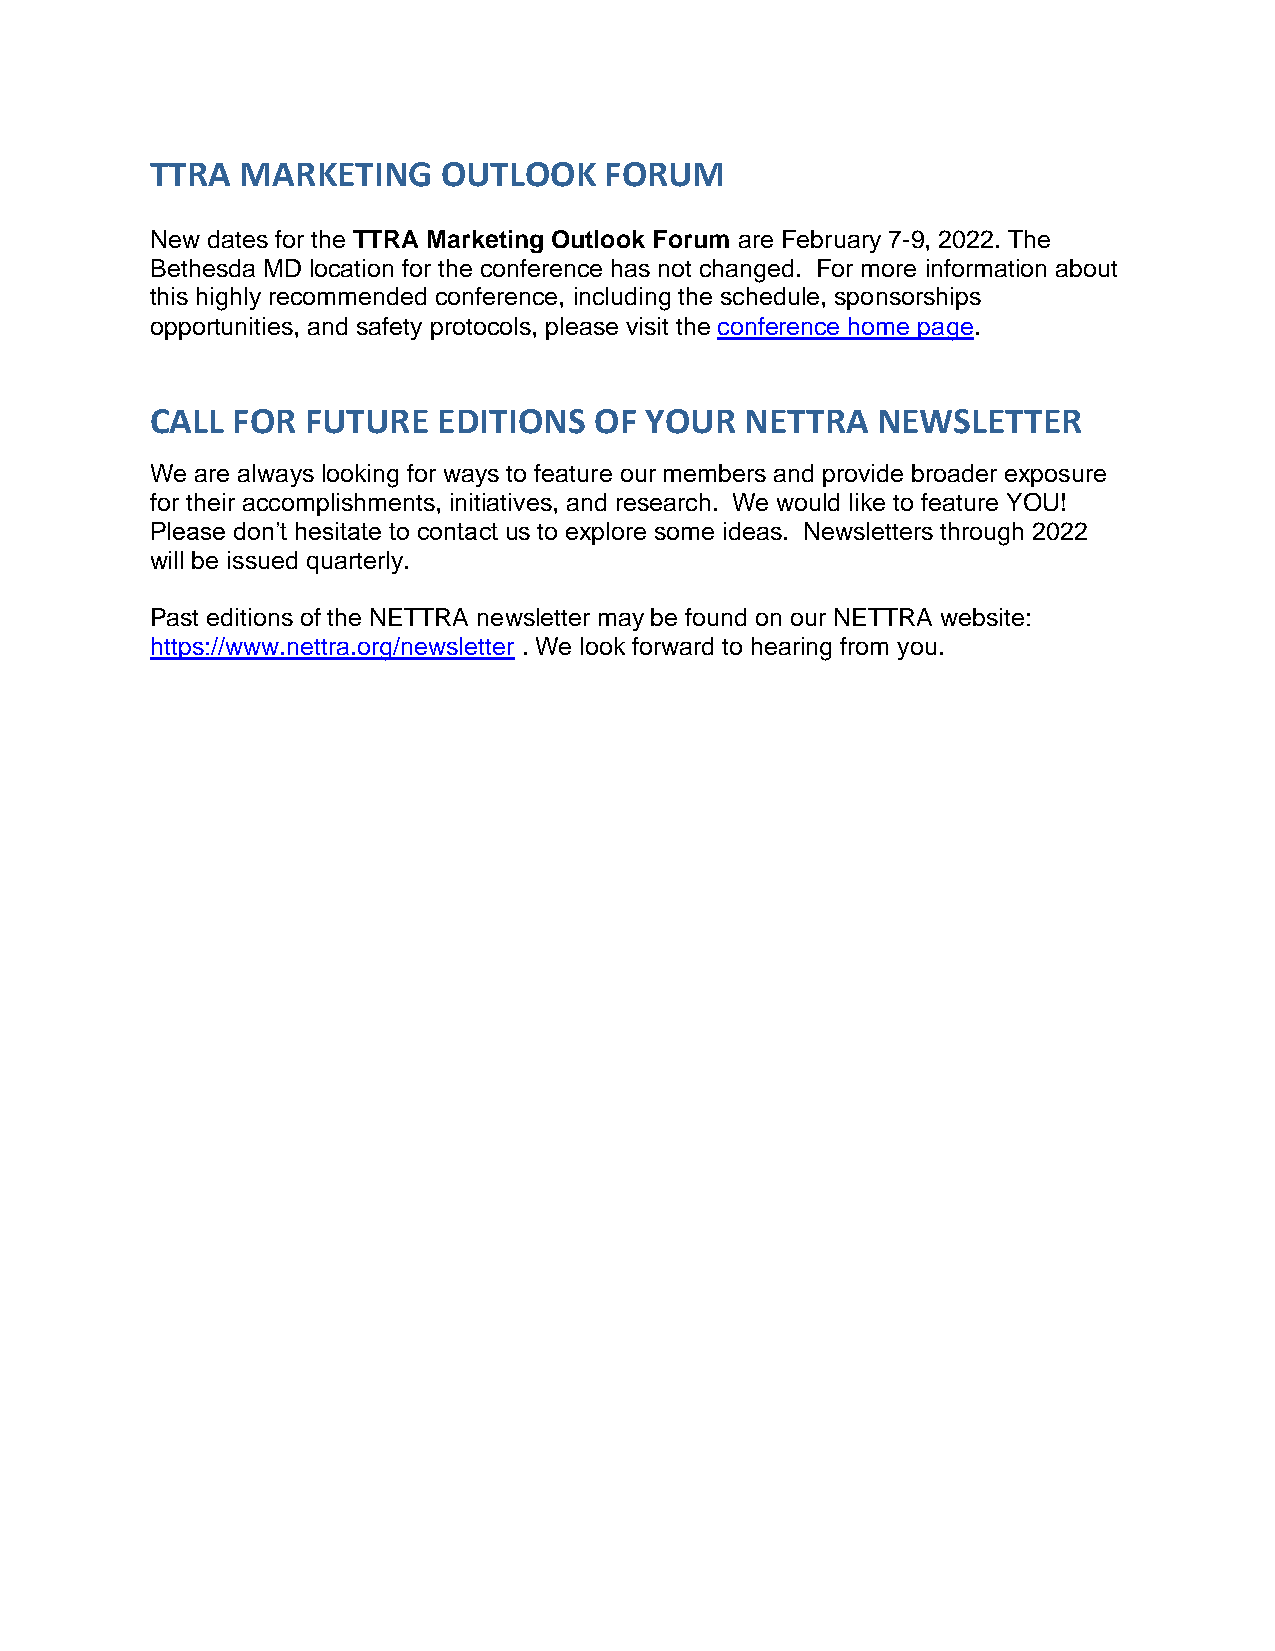
TTRA  MARKETING    OUTLOOK    FORUM
 New dates for the TTRA Marketing Outlook Forum are February 7-9, 2022. The
 Bethesda MD location for the conference has not changed. For more information about
 this highly recommended conference, including the schedule, sponsorships
 opportunities, and safety protocols, please visit the conference home page.
 CALL FOR  FUTURE   EDITIONS  OF  YOUR  NETTRA   NEWSLETTER
 We are always looking for ways to feature our members and provide broader exposure
 for their accomplishments, initiatives, and research. We would like to feature YOU!
 Please don’t hesitate to contact us to explore some ideas. Newsletters through 2022
 will be issued quarterly.
 Past editions of the NETTRA newsletter may be found on our NETTRA website:
 https://www.nettra.org/newsletter . We look forward to hearing from you.